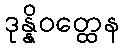
ဒုန္နိဝတ္ထေန